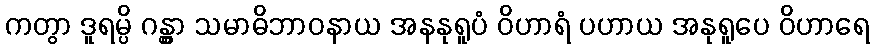
ကတွာ ဒူရမ္ပိ ဂန္တွာ သမာဓိဘာဝနာယ အနနုရူပံ ဝိဟာရံ ပဟာယ အနုရူပေ ဝိဟာရေ